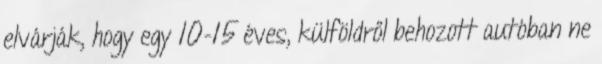
elvárják, hogy egy 10-15 éves, külföldről behozott autóban ne